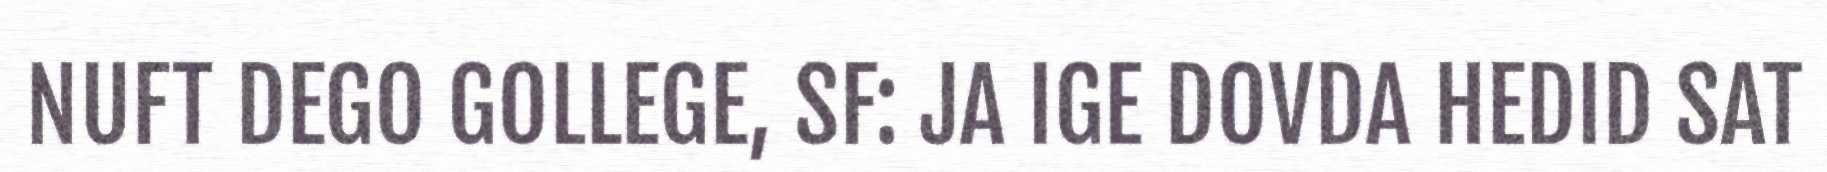
NUFT DEGO GOLLEGE, SF: JA IGE DOVDA HEDID SAT